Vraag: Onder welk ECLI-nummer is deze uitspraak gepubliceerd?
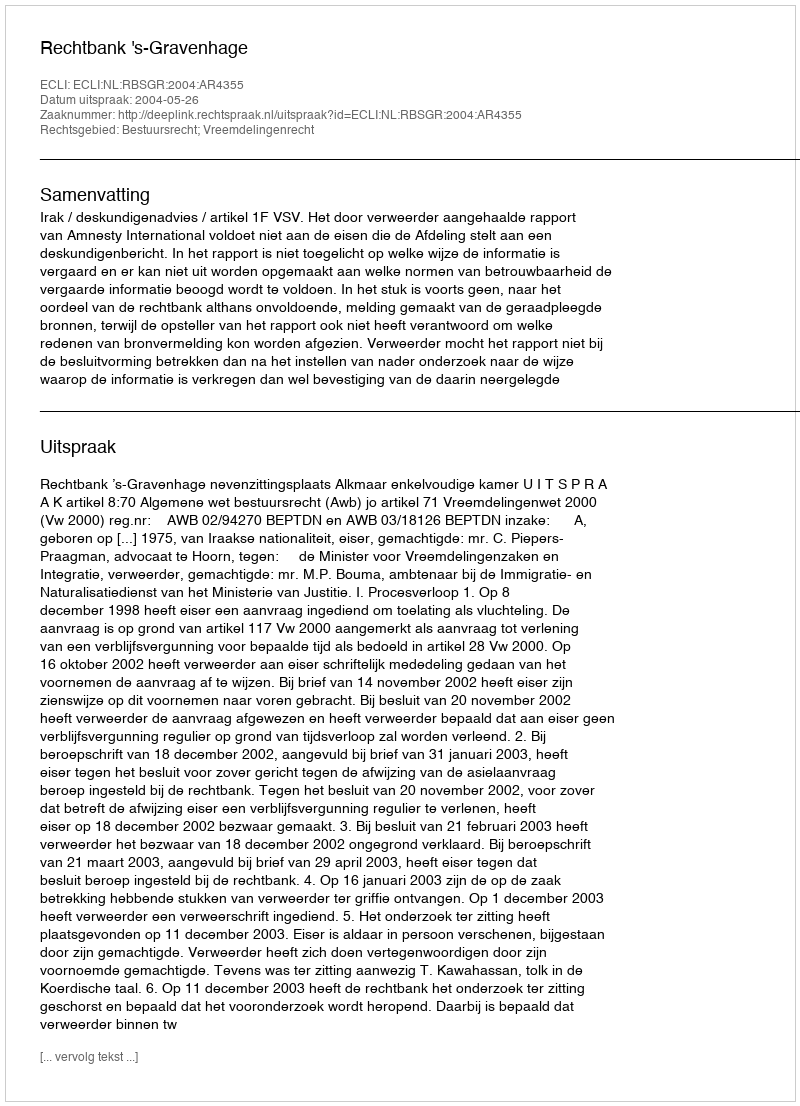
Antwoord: ECLI:NL:RBSGR:2004:AR4355